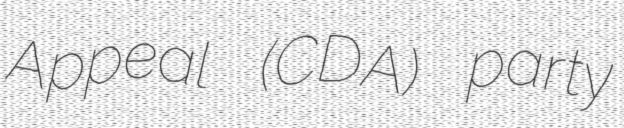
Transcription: Appeal (CDA) party